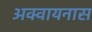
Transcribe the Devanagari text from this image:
अक्वायनास